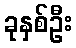
ခုနှစ်ဦး